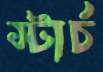
স্টার্চ